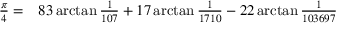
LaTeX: \begin{array} { r l } { { \frac { \pi } { 4 } } = } & { { } 8 3 \arctan { \frac { 1 } { 1 0 7 } } + 1 7 \arctan { \frac { 1 } { 1 7 1 0 } } - 2 2 \arctan { \frac { 1 } { 1 0 3 6 9 7 } } } \end{array}